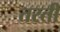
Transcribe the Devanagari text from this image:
तरती